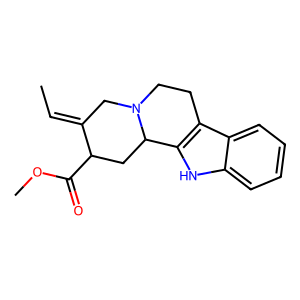
SMILES: CC=C1CN2CCc3c([nH]c4ccccc34)C2CC1C(=O)OC
Inhibits HIV replication: No